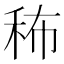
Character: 𥞎